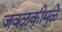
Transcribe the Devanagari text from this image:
जवळकीमुळे